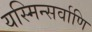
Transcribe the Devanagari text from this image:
यस्मिन्सर्वाणि